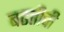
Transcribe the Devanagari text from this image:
बढतीची